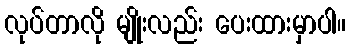
လုပ်တာလို မျိုးလည်း ပေးထားမှာပါ။